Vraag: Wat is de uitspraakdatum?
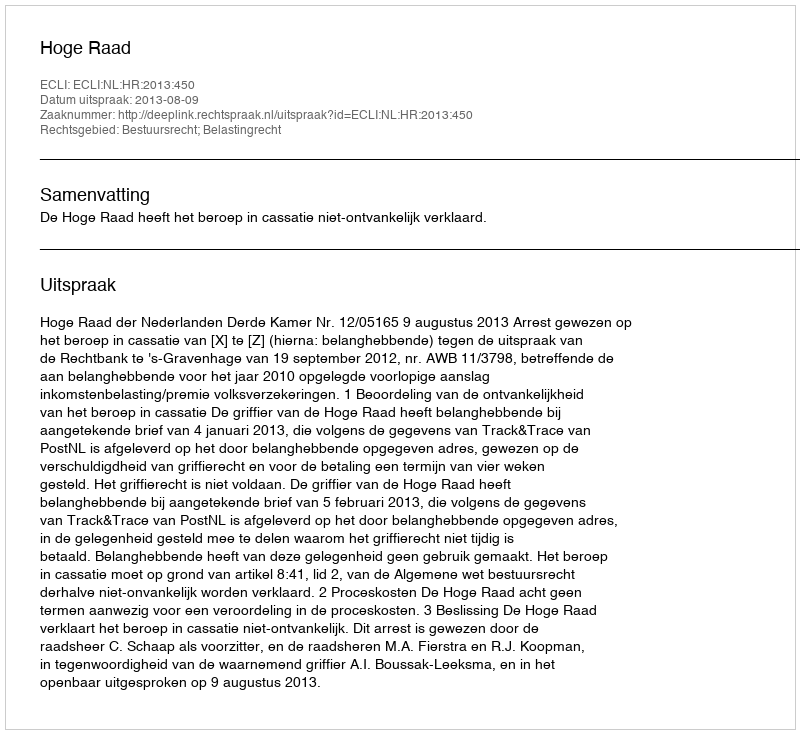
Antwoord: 2013-08-09